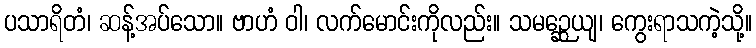
ပသာရိတံ၊ ဆန့်အပ်သော။ ဗာဟံ ဝါ၊ လက်မောင်းကိုလည်း။ သမဉ္ဆေယျ၊ ကွေးရာသကဲ့သို့။